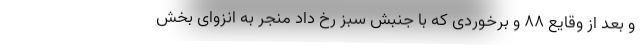
و بعد از وقایع ۸۸ و برخوردی که با جنبش سبز رخ داد منجر به انزوای بخش